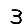
Digit: 3